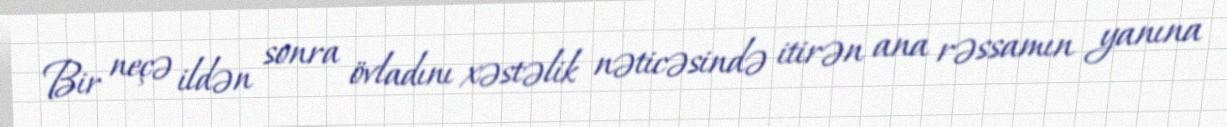
Bir neçə ildən sonra övladını xəstəlik nəticəsində itirən ana rəssamın yanına